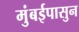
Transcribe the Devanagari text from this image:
मुंबईपासुन